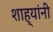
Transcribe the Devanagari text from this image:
शाह्यांनी